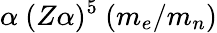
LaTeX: \alpha~(Z\alpha)^{5}~(m_{e}/m_{n})